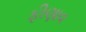
ફીણાવ